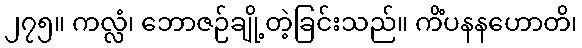
၂၇၅။ ကလ္လံ၊ ဘောဇဉ်ချို့တဲ့ခြင်းသည်။ ကိံပနနဟောတိ၊